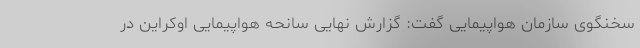
سخنگوی سازمان هواپیمایی گفت: گزارش نهایی سانحه هواپیمایی اوکراین در